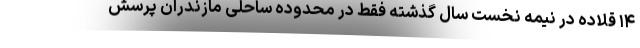
۱۴ قلاده در نیمه نخست سال گذشته فقط در محدوده ساحلی مازندران پرسش